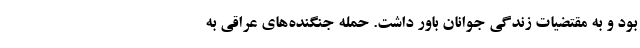
بود و به مقتضیات زندگی جوانان باور داشت. حمله جنگنده‌های عراقی به